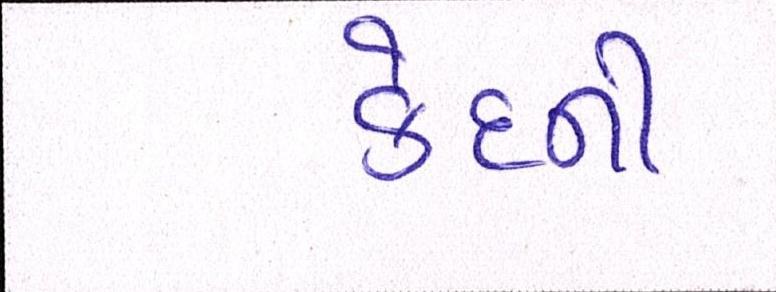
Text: કેદની